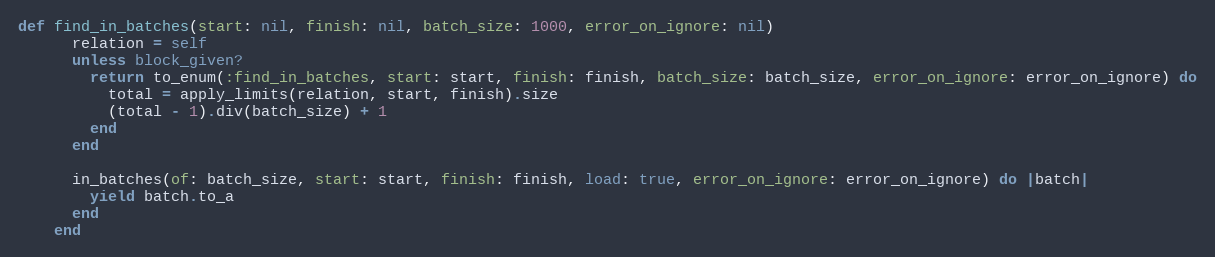
Language: Ruby
def find_in_batches(start: nil, finish: nil, batch_size: 1000, error_on_ignore: nil)
      relation = self
      unless block_given?
        return to_enum(:find_in_batches, start: start, finish: finish, batch_size: batch_size, error_on_ignore: error_on_ignore) do
          total = apply_limits(relation, start, finish).size
          (total - 1).div(batch_size) + 1
        end
      end

      in_batches(of: batch_size, start: start, finish: finish, load: true, error_on_ignore: error_on_ignore) do |batch|
        yield batch.to_a
      end
    end